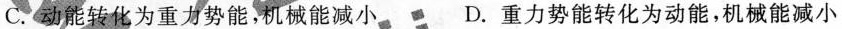
C.动能转化为重力势能，机械能减小 D.重力势能转化为动能，机械能减小